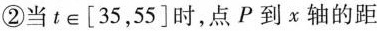
②当t∈[35，55]时，点P到χ轴的距